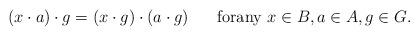
LaTeX: \begin{align*}(x\cdot a)\cdot g=(x\cdot g)\cdot (a\cdot g) \;\;\;\;\; \mbox{ forany }x\in B, a\in A, g\in G.\end{align*}